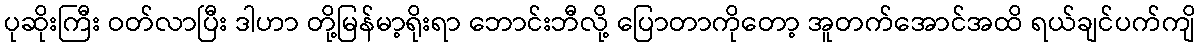
ပုဆိုးကြီး ဝတ်လာပြီး ဒါဟာ တို့မြန်မာ့ရိုးရာ ဘောင်းဘီလို့ ပြောတာကိုတော့ အူတက်အောင်အထိ ရယ်ချင်ပက်ကျိ